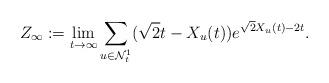
LaTeX: \begin{align*}Z_\infty := \lim_{t \to \infty} \sum_{u \in \mathcal{N}^1_t} (\sqrt{2} t - X_u(t)) e^{\sqrt{2} X_u(t) - 2t} .\end{align*}